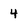
Character: 4